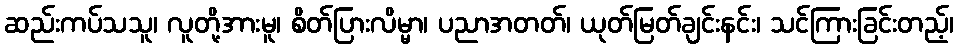
ဆည်းကပ်သသူ၊ လူတို့အားမူ၊ စိတ်ပြားလိမ္မာ၊ ပညာအတတ်၊ ယုတ်မြတ်ချင်းနင်း၊ သင်ကြားခြင်းတည့်၊